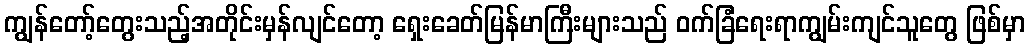
ကျွန်တော့်တွေးသည့်အတိုင်းမှန်လျင်တော့ ရှေးခေတ်မြန်မာကြီးများသည် ဝက်ခြံရေးရာကျွမ်းကျင်သူတွေ ဖြစ်မှာ